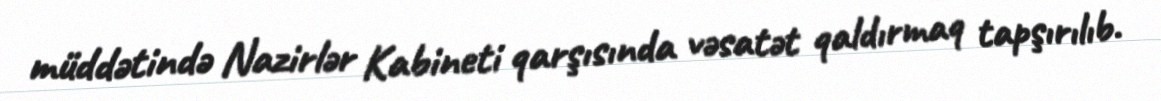
müddətində Nazirlər Kabineti qarşısında vəsatət qaldırmaq tapşırılıb.